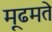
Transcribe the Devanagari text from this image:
मूढमते